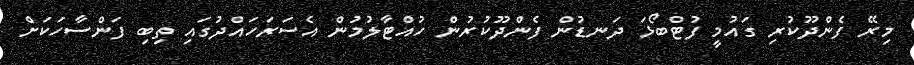
މިރޭ ފެންދޫކުރި ގައުމީ ފުޓްބޯޅަ ދަނޑުން ފެންދޫކުރުން ހުއްޓާލުމުން އެސަރަހައްދުގައި ތިބި ފަންސާހަކަށް